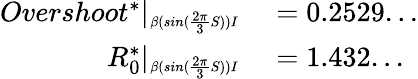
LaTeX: \begin{array}{rl}{Overshoot^{*}|_{\substack{_{\beta(sin(\frac{2\pi}{3}S))I}}}}&{{}=0.2529...}\\ {R_{0}^{*}|_{\substack{_{\beta(sin(\frac{2\pi}{3}S))I}}}}&{{}=1.432...}\end{array}